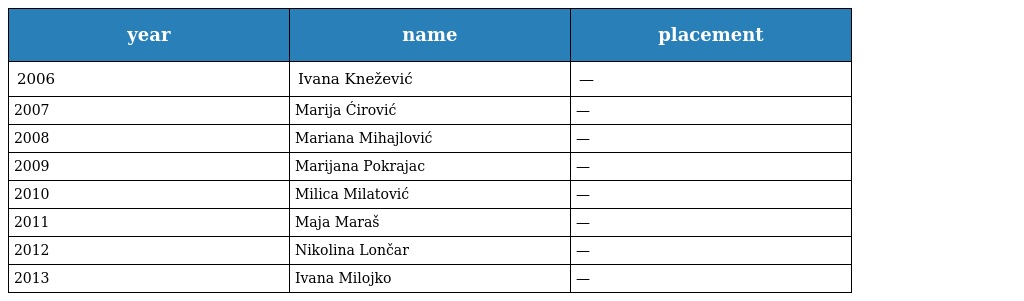
| year | name | placement |
 | --- | --- | --- |
 | 2006 | Ivana Knežević | — |
 | 2007 | Marija Ćirović | — |
 | 2008 | Mariana Mihajlović | — |
 | 2009 | Marijana Pokrajac | — |
 | 2010 | Milica Milatović | — |
 | 2011 | Maja Maraš | — |
 | 2012 | Nikolina Lončar | — |
 | 2013 | Ivana Milojko | — |